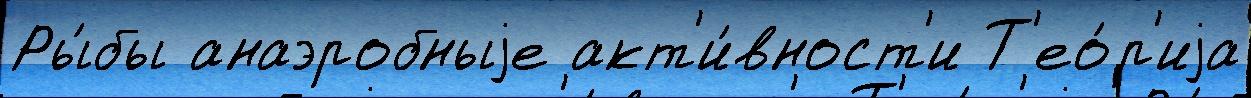
Ры́бы анаэробныjе акт'и́вност'и Т'ео́р'иjа